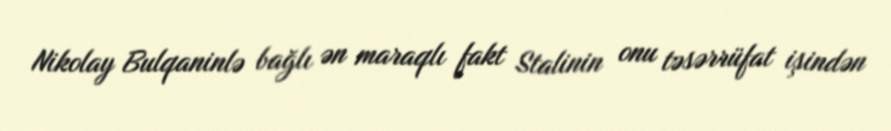
Nikolay Bulqaninlə bağlı ən maraqlı fakt Stalinin onu təsərrüfat işindən